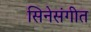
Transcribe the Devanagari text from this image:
सिनेसंगीत